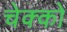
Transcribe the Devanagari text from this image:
चेक्को